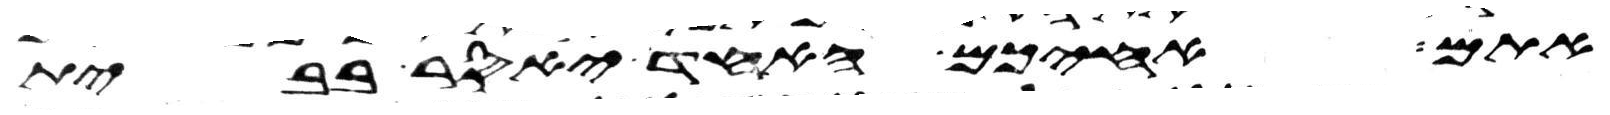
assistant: אתם אחיכם האחד יאסר בבית